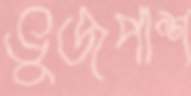
ভুজপাশ